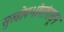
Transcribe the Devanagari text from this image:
सुखोपभोगांपासून